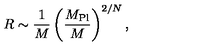
R \sim { \frac { 1 } { M } } \left( \frac { M _ { \mathrm { P l } } } { M } \right) ^ { 2 / N } ,